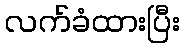
လက်ခံထားပြီး